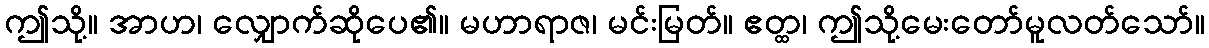
ဤသို့။ အာဟ၊ လျှောက်ဆိုပေ၏။ မဟာရာဇ၊ မင်းမြတ်။ ဧတ္ထ၊ ဤသို့မေးတော်မူလတ်သော်။